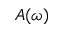
A ( \omega )